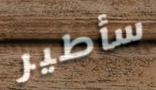
سأطير